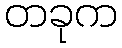
တခုက